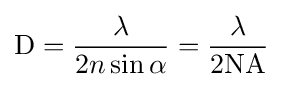
\mathrm {D} ={\frac {\lambda }{2n\sin {\alpha }}}={\frac {\lambda }{\mathrm {2NA} }}